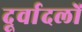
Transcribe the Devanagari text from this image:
दूर्वादलों